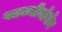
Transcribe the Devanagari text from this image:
प्लाज्मीनोजेन